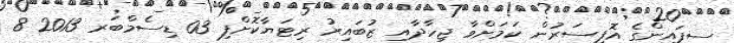
ސިފައިންގެ އޮފިސަރުން ކަމަށްވާ ޖިހާދާއި ޒުބައިރު ރިޓަޔާކޮށްފި 03 ޑިސެމްބަރ 2013 8